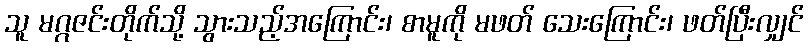
သူ မဂ္ဂဇင်းတိုက်သို့ သွားသည့်အကြောင်း၊ စာမူကို မဖတ် သေးကြောင်း၊ ဖတ်ပြီးလျှင်